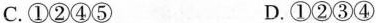
C.①②④⑤ D.①②③④